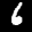
Label: 6